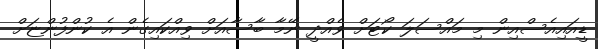
ޑީއައިއެސްއިން މި މައްސަލަ ކޯޓަށް ވެއްދީ ނޭމާ ބާސާއަށް ވިއްކައިގެން އެ ކުންފުންޏަށް